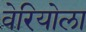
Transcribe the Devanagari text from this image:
वेरियोला